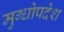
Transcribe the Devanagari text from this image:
मुग्धोपदेश